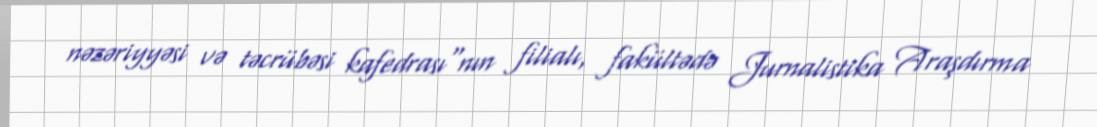
nəzəriyyəsi və təcrübəsi kafedrası"nın filialı, fakültədə Jurnalistika Araşdırma